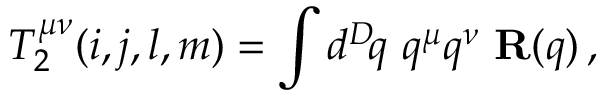
T _ { 2 } ^ { \mu \nu } ( i , j , l , m ) = \int d ^ { D } \! q \, \, q ^ { \mu } q ^ { \nu } \, \, { \bf R } ( q ) \, ,